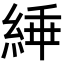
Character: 𬗜